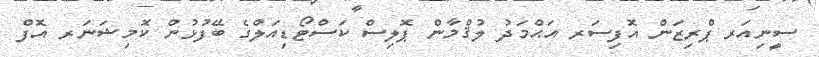
ސީނިއަރ ޕްރިޒަން އޮފިސަރ އަޙްމަދު ލުޤްމާން ޕޮލިސް ކަސްޓޯޑިއަލްގެ ބޭފުޅުން ކޮމިޝަނަރ އޮފް